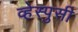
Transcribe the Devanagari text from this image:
व्हेस्पुसी